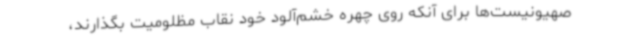
صهیونیست‌ها برای آنکه روی چهره خشم‌آلود خود نقاب مظلومیت بگذارند،